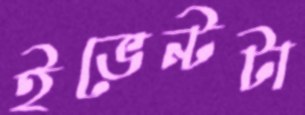
ইভেন্টটা